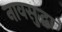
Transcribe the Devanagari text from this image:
नावसुद्धा